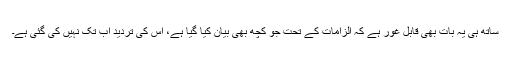
ساتھ ہی یہ بات بھی قابلِ غور ہے کہ الزامات کے تحت جو کچھ بھی بیان کیا گیا ہے، اُس کی تردید اب تک نہیں کی گئی ہے۔